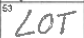
Transcription: LOT